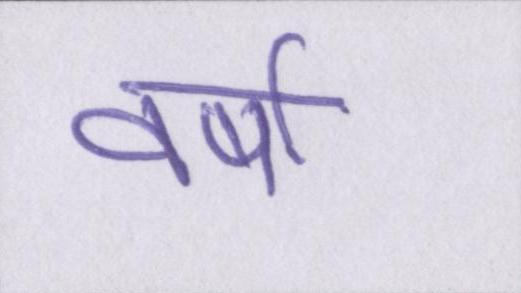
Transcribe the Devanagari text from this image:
वर्षो